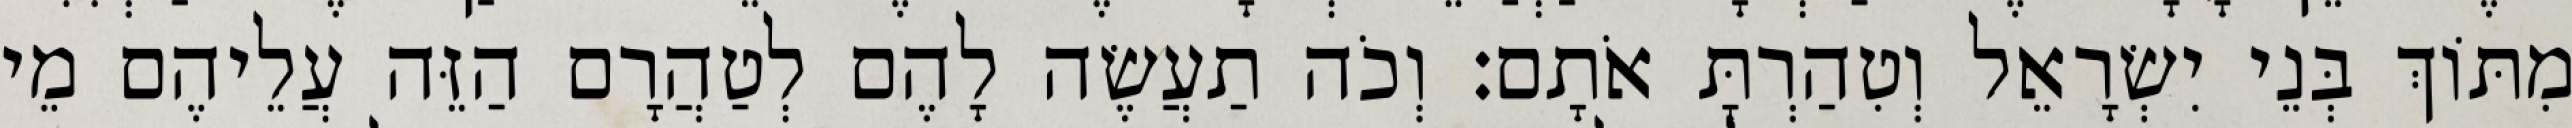
מִתּוֹךְ בְּנֵי יִשְׂרָאֵל וְטִהַרְתָּ אֹתָם׃ וְכֹה תַעֲשֶׂה לָהֶם לְטַהֲרָם הַזֵּה עֲלֵיהֶם מֵי